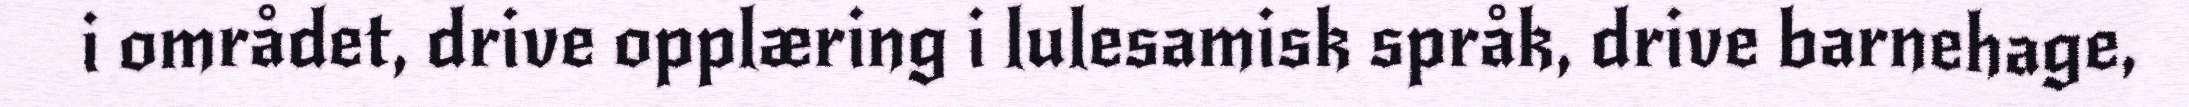
i området, drive opplæring i lulesamisk språk, drive barnehage,